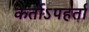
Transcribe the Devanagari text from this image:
कर्ताऽपहर्ता